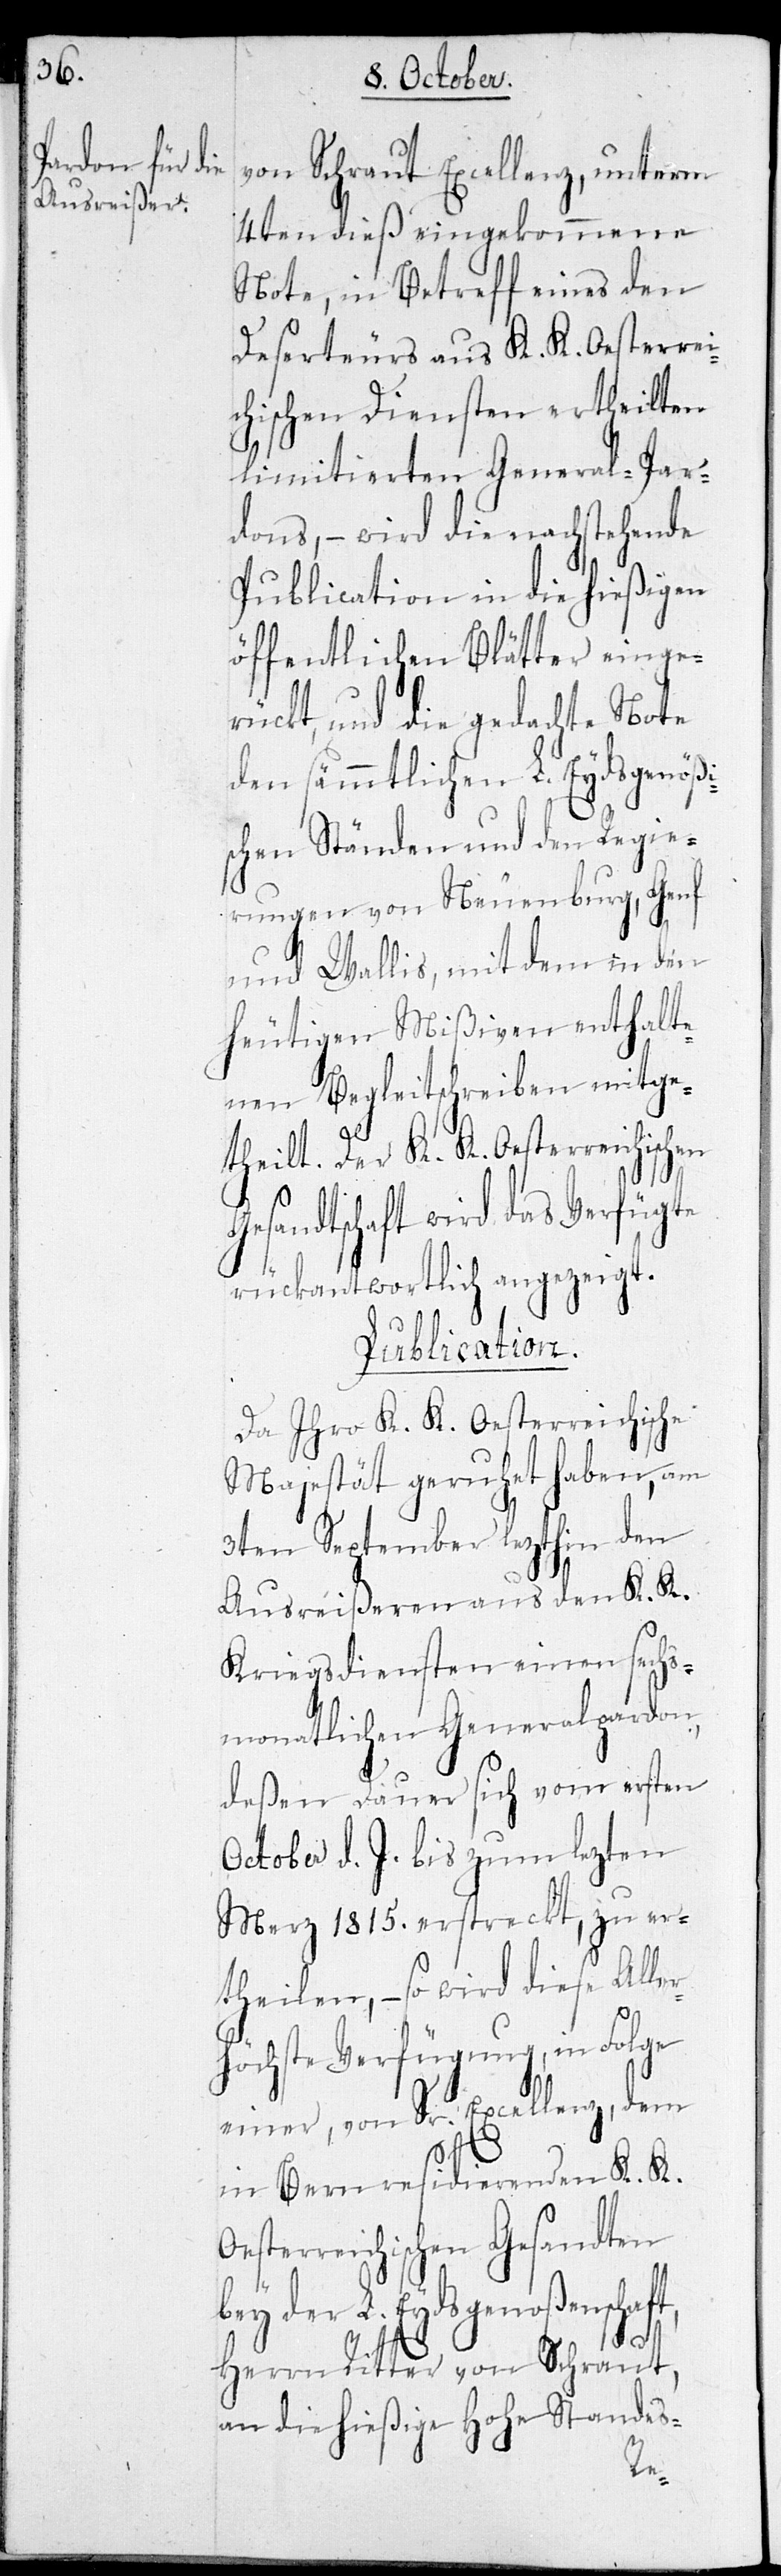
von Schraut Excellenz, unterm
4ten dieß eingekommene
Note, in Betreff eines den
Deserteurs aus K. K. Oesterrei¬
chischen Diensten ertheilten
limitierten General-Par¬
dons, – wird die nachstehende
Publication in die hießigen
öffentlichen Blätter einge¬
rückt, und die gedachte Note
den sämmtlichen L. Eydsgenößi¬
schen Ständen und den Regie¬
rungen von Neuenburg, Genf
und Wallis, mit dem in den
heutigen Mißiven enthalte¬
nen Begleitschreiben mitge¬
theilt. Der K. K. Oesterreichischen
Gesandtschaft wird das Verfügte
rückantwortlich angezeigt.
Publication.
Da Ihro K. K. Oesterreichische
Majestät geruhet haben, am
3ten September lezthin den
Ausreißeren aus den K. K.
Kriegsdiensten einen sechs¬
monatlichen Generalpardon,
deßen Dauer sich vom ersten
October d. J. bis zum lezten
Merz 1815. erstreckt, zu er¬
theilen, – so wird diese Alle¬
rhöchste Verfügung, in Folge
einer, von Sr. Excellenz, dem
in Bern residierenden K. K.
terreichischen Gesandten
der L. Eydsgenoßenschaft,
Herrn Ritter von Schraut,
an die hießige Hohe Standes-
Oes¬